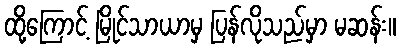
ထို့ကြောင့် မြိုင်သာယာမှ ပြန်လိုသည်မှာ မဆန်း။